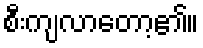
စီးကျလာတော့၏။